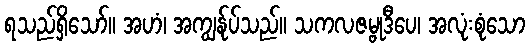
ရသည်ရှိသော်။ အဟံ၊ အကျွန်ုပ်သည်။ သကလဇမ္ဗုဒီပေ၊ အလုံးစုံသော